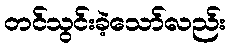
တင်သွင်းခဲ့သော်လည်း